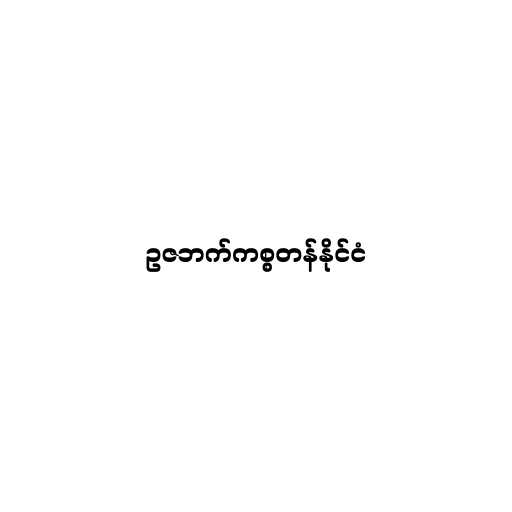
ဥဇဘက်ကစ္စတန်နိုင်ငံ